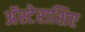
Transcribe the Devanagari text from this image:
अॅस्टेराशिए